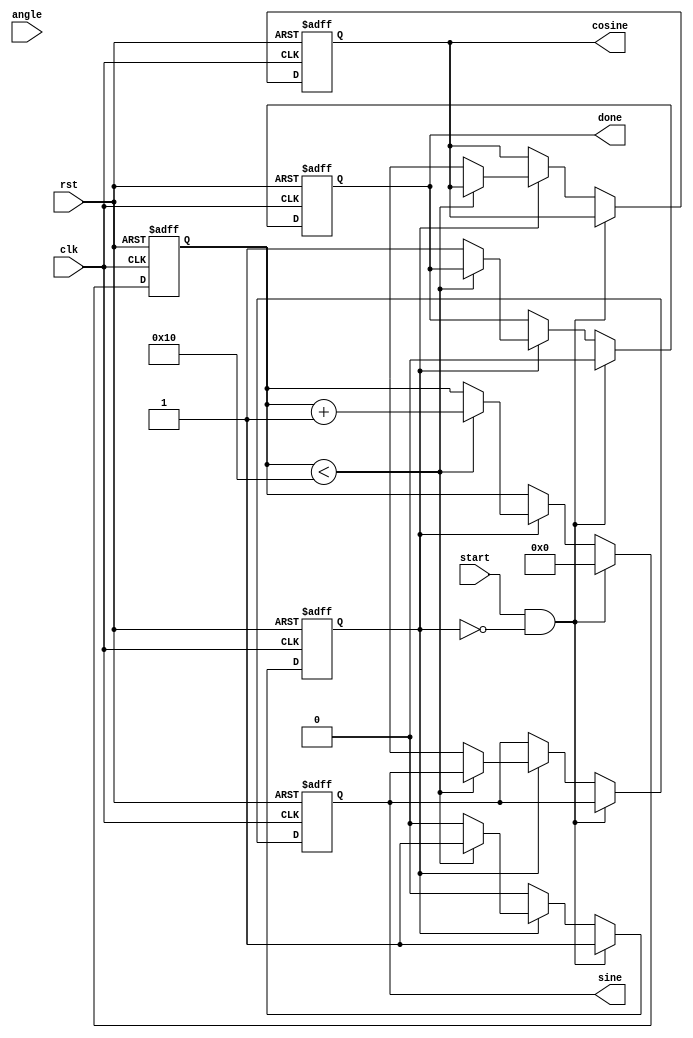
module adaptive_cordic (
    input wire clk,
    input wire rst,
    input wire [31:0] angle, // Input angle in fixed-point representation
    input wire start,
    output reg [31:0] sine,
    output reg [31:0] cosine,
    output reg done
);

    // Parameters
    parameter NUM_ITERATIONS = 16; // Number of iterations for CORDIC
    parameter FIXED_POINT_FRACTIONAL_BITS = 16; // Fractional bits for fixed-point representation

    // Internal signals
    reg [31:0] x [0:NUM_ITERATIONS-1];
    reg [31:0] y [0:NUM_ITERATIONS-1];
    reg [31:0] z [0:NUM_ITERATIONS-1];
    reg [31:0] atan_table [0:NUM_ITERATIONS-1];
    reg [3:0] iteration_count;
    reg [31:0] scaling_factor;
    reg running;

    // Initialize the arctangent lookup table
    initial begin
        atan_table[0] = 32'h00000000; // atan(0)
        atan_table[1] = 32'h20000000; // atan(1/2^1)
        atan_table[2] = 32'h14000000; // atan(1/2^2)
        atan_table[3] = 32'h0A000000; // atan(1/2^3)
        atan_table[4] = 32'h05000000; // atan(1/2^4)
        atan_table[5] = 32'h02800000; // atan(1/2^5)
        atan_table[6] = 32'h01400000; // atan(1/2^6)
        atan_table[7] = 32'h00A00000; // atan(1/2^7)
        atan_table[8] = 32'h00500000; // atan(1/2^8)
        atan_table[9] = 32'h00280000; // atan(1/2^9)
        atan_table[10] = 32'h00140000; // atan(1/2^10)
        atan_table[11] = 32'h000A0000; // atan(1/2^11)
        atan_table[12] = 32'h00050000; // atan(1/2^12)
        atan_table[13] = 32'h00028000; // atan(1/2^13)
        atan_table[14] = 32'h00014000; // atan(1/2^14)
        atan_table[15] = 32'h0000A000; // atan(1/2^15)

        scaling_factor = 32'h26DD3B6A; // Scaling factor for CORDIC
    end

    // Control logic for the CORDIC process
    always @(posedge clk or posedge rst) begin
        if (rst) begin
            iteration_count <= 0;
            running <= 0;
            sine <= 0;
            cosine <= 0;
            done <= 0;
        end else if (start && !running) begin
            // Initialize for CORDIC
            x[0] <= 32'h00010000; // Initial x = 1.0
            y[0] <= 0;           // Initial y = 0.0
            z[0] <= angle;       // Input angle
            iteration_count <= 0;
            running <= 1;
            done <= 0;
        end else if (running) begin
            if (iteration_count < NUM_ITERATIONS) begin
                // Determine rotation direction
                if (z[iteration_count] < 0) begin
                    // Rotate clockwise
                    x[iteration_count + 1] <= x[iteration_count] + (y[iteration_count] >>> iteration_count);
                    y[iteration_count + 1] <= y[iteration_count] - (x[iteration_count] >>> iteration_count);
                    z[iteration_count + 1] <= z[iteration_count] + atan_table[iteration_count];
                end else begin
                    // Rotate counter-clockwise
                    x[iteration_count + 1] <= x[iteration_count] - (y[iteration_count] >>> iteration_count);
                    y[iteration_count + 1] <= y[iteration_count] + (x[iteration_count] >>> iteration_count);
                    z[iteration_count + 1] <= z[iteration_count] - atan_table[iteration_count];
                end

                // Move to the next iteration
                iteration_count <= iteration_count + 1;
            end else begin
                // Final results after iterations
                sine <= y[NUM_ITERATIONS];
                cosine <= x[NUM_ITERATIONS];
                done <= 1;
                running <= 0;
            end
        end
    end

endmodule